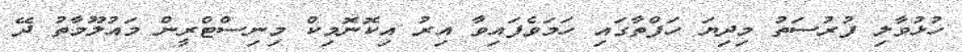
ހުޅުވާލި ފުރުސަތު މިދިޔަ ހަފްތާގައި ހަމަވެފައިވާ އިރު އިކޮނޮމިކް މިނިސްޓްރީން މައުލޫމާތު ދޭ